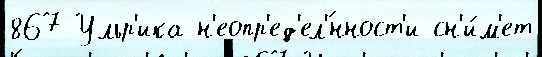
867 Ульр'ика н'еопр'ед'ел'́нност'и сн'и́м'ет